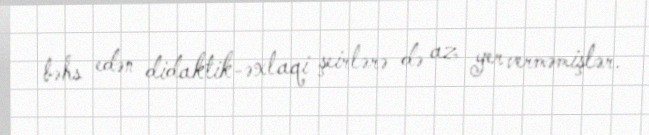
bəhs edən didaktik-əxlaqi şeirlərə də az yer verməmişlər.